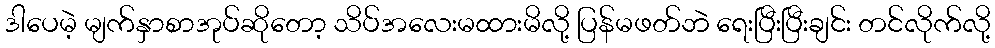
ဒါပေမဲ့ မျက်နှာစာအုပ်ဆိုတော့ သိပ်အလေးမထားမိလို့ ပြန်မဖတ်ဘဲ ရေးပြီးပြီးချင်း တင်လိုက်လို့